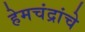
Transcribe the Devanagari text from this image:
हेमचंद्रांचे